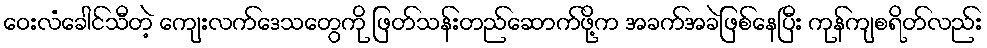
ဝေးလံခေါင်သီတဲ့ ကျေးလက်ဒေသတွေကို ဖြတ်သန်းတည်ဆောက်ဖို့က အခက်အခဲဖြစ်နေပြီး ကုန်ကျစရိတ်လည်း